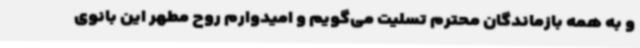
و به همه‌ بازماندگان محترم تسلیت می‌گویم و امیدوارم روح مطهر این بانوی